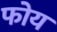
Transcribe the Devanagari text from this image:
फोय